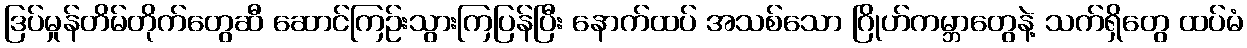
ဒြပ်မှုန်တိမ်တိုက်တွေဆီ ဆောင်ကြဉ်းသွားကြပြန်ပြီး နောက်ထပ် အသစ်သော ဂြိုဟ်ကမ္ဘာတွေနဲ့ သက်ရှိတွေ ထပ်မံ